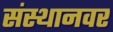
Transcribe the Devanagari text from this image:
संस्थानवर